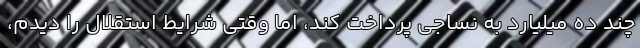
چند ده میلیارد به نساجی پرداخت کند، اما وقتی شرایط استقلال را دیدم،